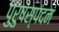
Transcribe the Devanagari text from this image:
पुरुषस्पंदनं